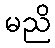
မညိ